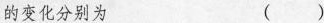
的变化分别为 ()